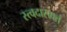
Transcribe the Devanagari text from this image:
स्त्वदासक्तं